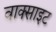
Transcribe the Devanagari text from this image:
वाक्साइट